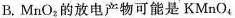
B.MnO_{2}的放电产物可能是KMnO_{4}